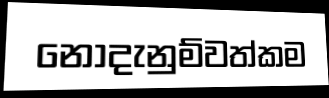
නොදැනුම්වත්කම